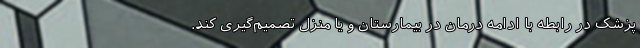
پزشک در رابطه با ادامه درمان در بیمارستان و یا منزل تصمیم‌گیری کند.